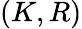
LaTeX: (K,R)